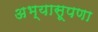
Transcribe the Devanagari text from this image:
अभ्यासूपणा